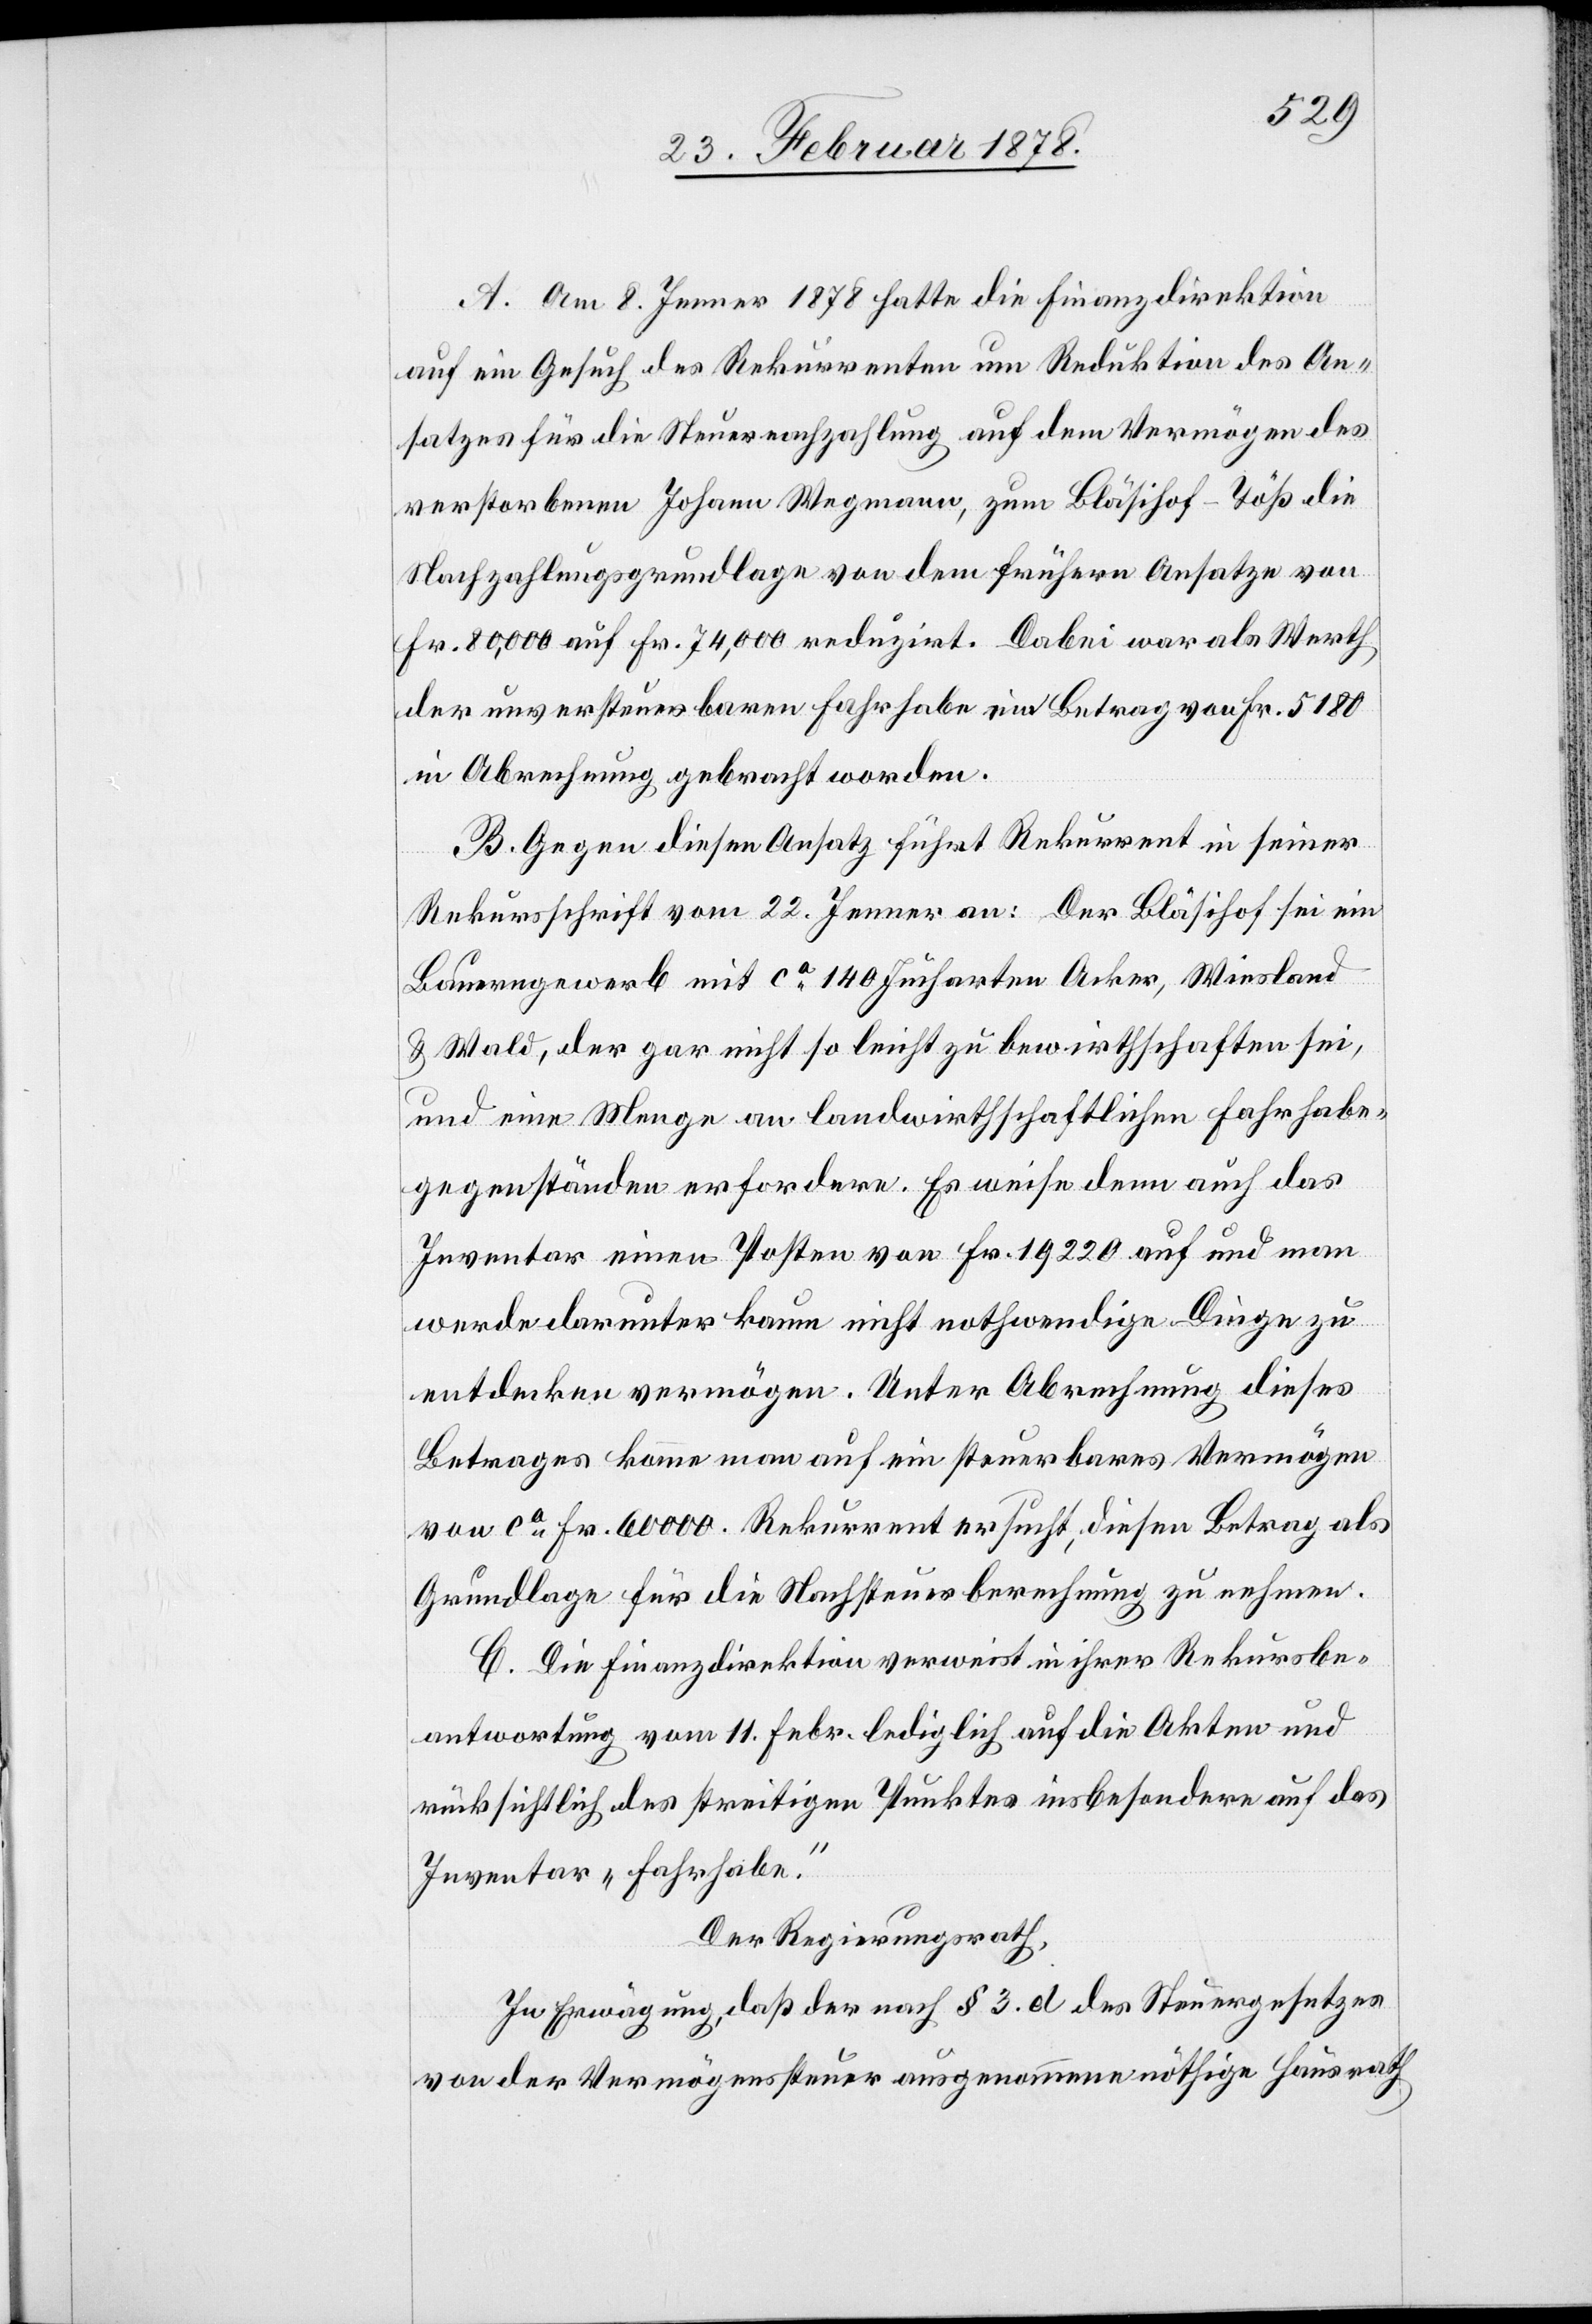
A. Am 8. Jenner 1878 hatte die Finanzdirektion
auf ein Gesuch des Rekurrenten um Reduktion des An¬
satzes für die Steuernachzahlung auf dem Vermögen des
verstorbenen Johann Wegmann, zum Bläsihof - Töß die
Nachzahlungsgrundlage von dem frühern Ansatze von
Fr. 80,000 auf Fr. 74,000 reduzirt. Dabei war als Werth
der unversteuerbaren Fahrhabe ein Betrag von Fr. 5180
in Abrechnung gebracht worden.
B. Gegen diesen Ansatz führt Rekurrent in seiner
Rekursschrift vom 22. Jenner an: Der Bläsihof sei ein
Bauerngewerb mit ca 140 Jucharten Acker, Wiesland
& Wald, der gar nicht so leicht zu bewirthschaften sei,
und eine Menge an landwirthschaftlichen Fahrhabe¬
gegenständen erfordere. Es weise denn auch das
Inventar einen Posten von Fr. 19220 auf und man
werde darunter kaum nicht nothwendige Dinge zu
entdecken vermögen. Unter Abrechnung dieses
Betrages kam man auf ein steuerbares Vermögen
von ca Fr. 6000. Rekurrent ersucht, diesen Betrag als
Grundlage für die Nachsteuerberechnung zu nehmen.
C. Die Finanzdirektion verweist in ihrer Rekursbe¬
antwortung von 11. Febr. lediglich auf die Akten und
rücksichtlich des streitigen Punktes insbesondere auf das
Inventar „Fahrhabe“.
Der Regierungsrath,
In Erwägung, daß der nach § 3.d des Steuergesetzes
von der Vermögenssteuer ausgenommene nöthige Hausrath